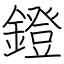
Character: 鐙